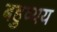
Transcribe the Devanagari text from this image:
बहुव्यय